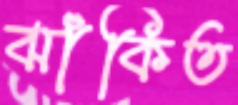
ঝাঁকিত